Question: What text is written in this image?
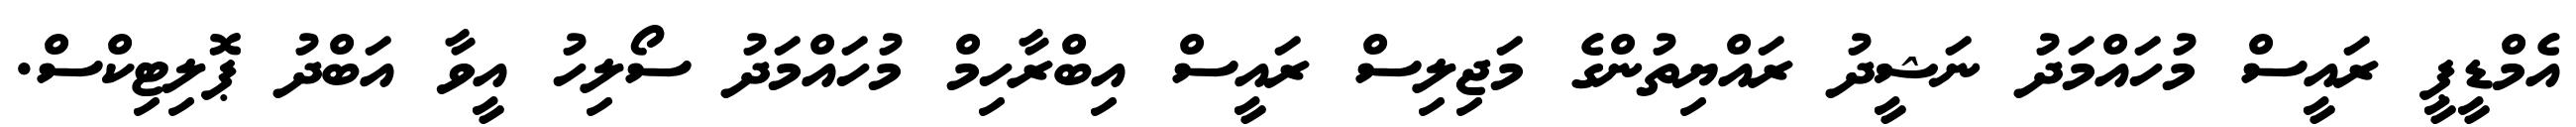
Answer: އެމްޑީޕީ ރައީސް މުހައްމަދު ނަޝީދު ރައްޔިތުންގެ މަޖިލިސް ރައީސް އިބްރާހިމް މުހައްމަދު ސޯލިހު އީވާ އަބްދު ޕޮލިޓިކްސް.